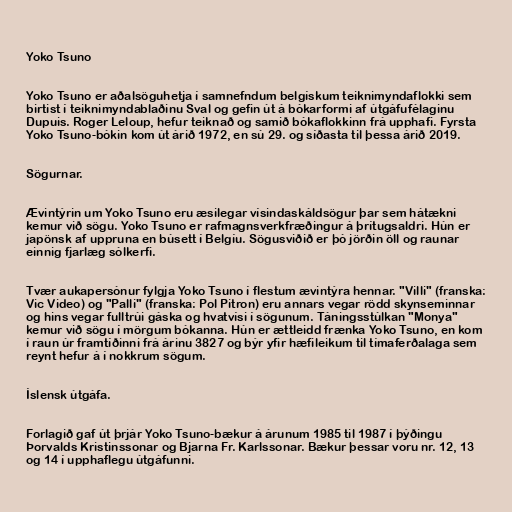
Yoko Tsuno

Yoko Tsuno er aðalsöguhetja í samnefndum belgískum teiknimyndaflokki sem
birtist í teiknimyndablaðinu Sval og gefin út á bókarformi af útgáfufélaginu
Dupuis. Roger Leloup, hefur teiknað og samið bókaflokkinn frá upphafi. Fyrsta
Yoko Tsuno-bókin kom út árið 1972, en sú 29. og síðasta til þessa árið 2019.

Sögurnar.

Ævintýrin um Yoko Tsuno eru æsilegar vísindaskáldsögur þar sem hátækni
kemur við sögu. Yoko Tsuno er rafmagnsverkfræðingur á þrítugsaldri. Hún er
japönsk af uppruna en búsett í Belgíu. Sögusviðið er þó jörðin öll og raunar
einnig fjarlæg sólkerfi.

Tvær aukapersónur fylgja Yoko Tsuno í flestum ævintýra hennar. "Villi" (franska:
Vic Video) og "Palli" (franska: Pol Pitron) eru annars vegar rödd skynseminnar
og hins vegar fulltrúi gáska og hvatvísi í sögunum. Táningsstúlkan "Monya"
kemur við sögu í mörgum bókanna. Hún er ættleidd frænka Yoko Tsuno, en kom
í raun úr framtíðinni frá árinu 3827 og býr yfir hæfileikum til tímaferðalaga sem
reynt hefur á í nokkrum sögum.

Íslensk útgáfa.

Forlagið gaf út þrjár Yoko Tsuno-bækur á árunum 1985 til 1987 í þýðingu
Þorvalds Kristinssonar og Bjarna Fr. Karlssonar. Bækur þessar voru nr. 12, 13
og 14 í upphaflegu útgáfunni.